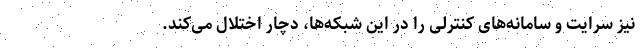
نیز سرایت و سامانه‌های کنترلی را در این شبکه‌ها، دچار اختلال می‌کند.